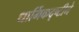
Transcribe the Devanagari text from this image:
धार्मिकदृष्टीने